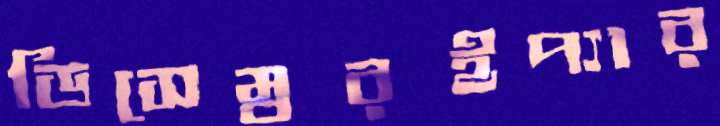
ডিসেম্বরইপ্যার